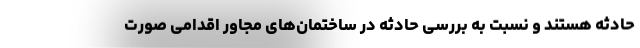
حادثه هستند و نسبت به بررسی حادثه در ساختمان‌های مجاور اقدامی صورت